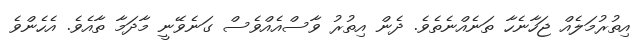
އިތުރުމަލެއް ޖަހާނެހާ ތަނެއްނެތެވެ. ދެން އިތުރު ވާސްއެއްވެސް ގަނެވޭނީ މާދަމާ ތާއެވެ. އެހެންވެ